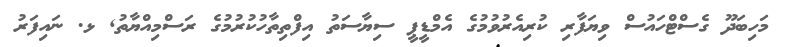
މަހިބަދޫ ގެސްޓްހައުސް ވިޔަފާރި ކުރިއެރުވުމުގެ އެމްޑީޕީ ސިޔާސަތު އިފްތިތާހުކުރުމުގެ ރަސްމިއްޔާތު